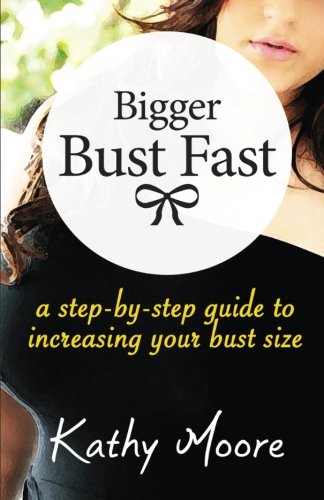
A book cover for Bigger Bust Fast : a step by step guide to increasing your bust Size; Kathy Moore; Health, Fitness & Dieting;